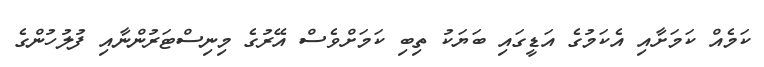
ކަމެއް ކަމަށާއި އެކަމުގެ އަޑީގައި ބަޔަކު ތިބި ކަމަށްވެސް އޭރުގެ މިނިސްޓަރުންނާއި ފުލުހުންގެ